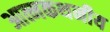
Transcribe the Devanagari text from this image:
आत्मकथनीय